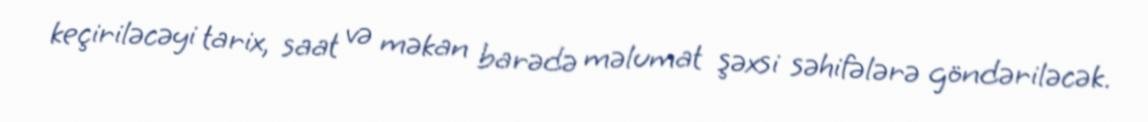
keçiriləcəyi tarix, saat və məkan barədə məlumat şəxsi səhifələrə göndəriləcək.